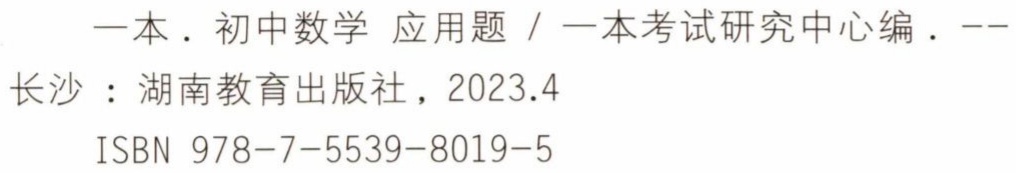
一本．初中数学 应用题 / 一本考试研究中心编．--
长沙：湖南教育出版社，2023.4
ISBN 978-7-5539-8019-5